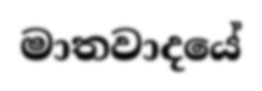
මාතවාදයේ